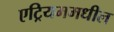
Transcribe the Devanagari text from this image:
एट्रियममधील